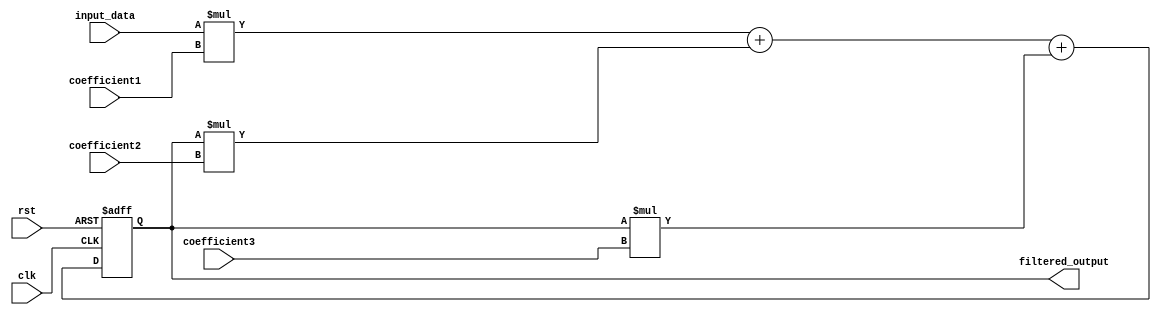
module iir_filter_accumulator (
    input wire clk,
    input wire rst,
    input wire [7:0] input_data,
    input wire [7:0] coefficient1,
    input wire [7:0] coefficient2,
    input wire [7:0] coefficient3,
    output reg [15:0] filtered_output
);

reg [15:0] accumulator;

always @(posedge clk or posedge rst) begin
    if (rst) begin
        accumulator <= 16'd0;
    end else begin
        accumulator <= (input_data * coefficient1) + (accumulator * coefficient2) + (accumulator * coefficient3);
    end
end

assign filtered_output = accumulator;

endmodule